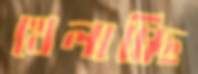
খেলাচ্ছি